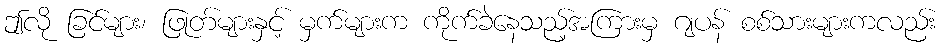
ဤလို ခြင်များ၊ ဖြုတ်များနှင့် မှက်များက ကိုက်ခဲနေသည့်အကြားမှ ဂျပန် စစ်သားများကလည်း